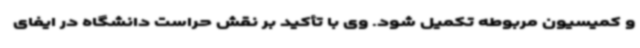
و کمیسیون مربوطه تکمیل شود. وی با تأکید بر نقش حراست دانشگاه در ایفای